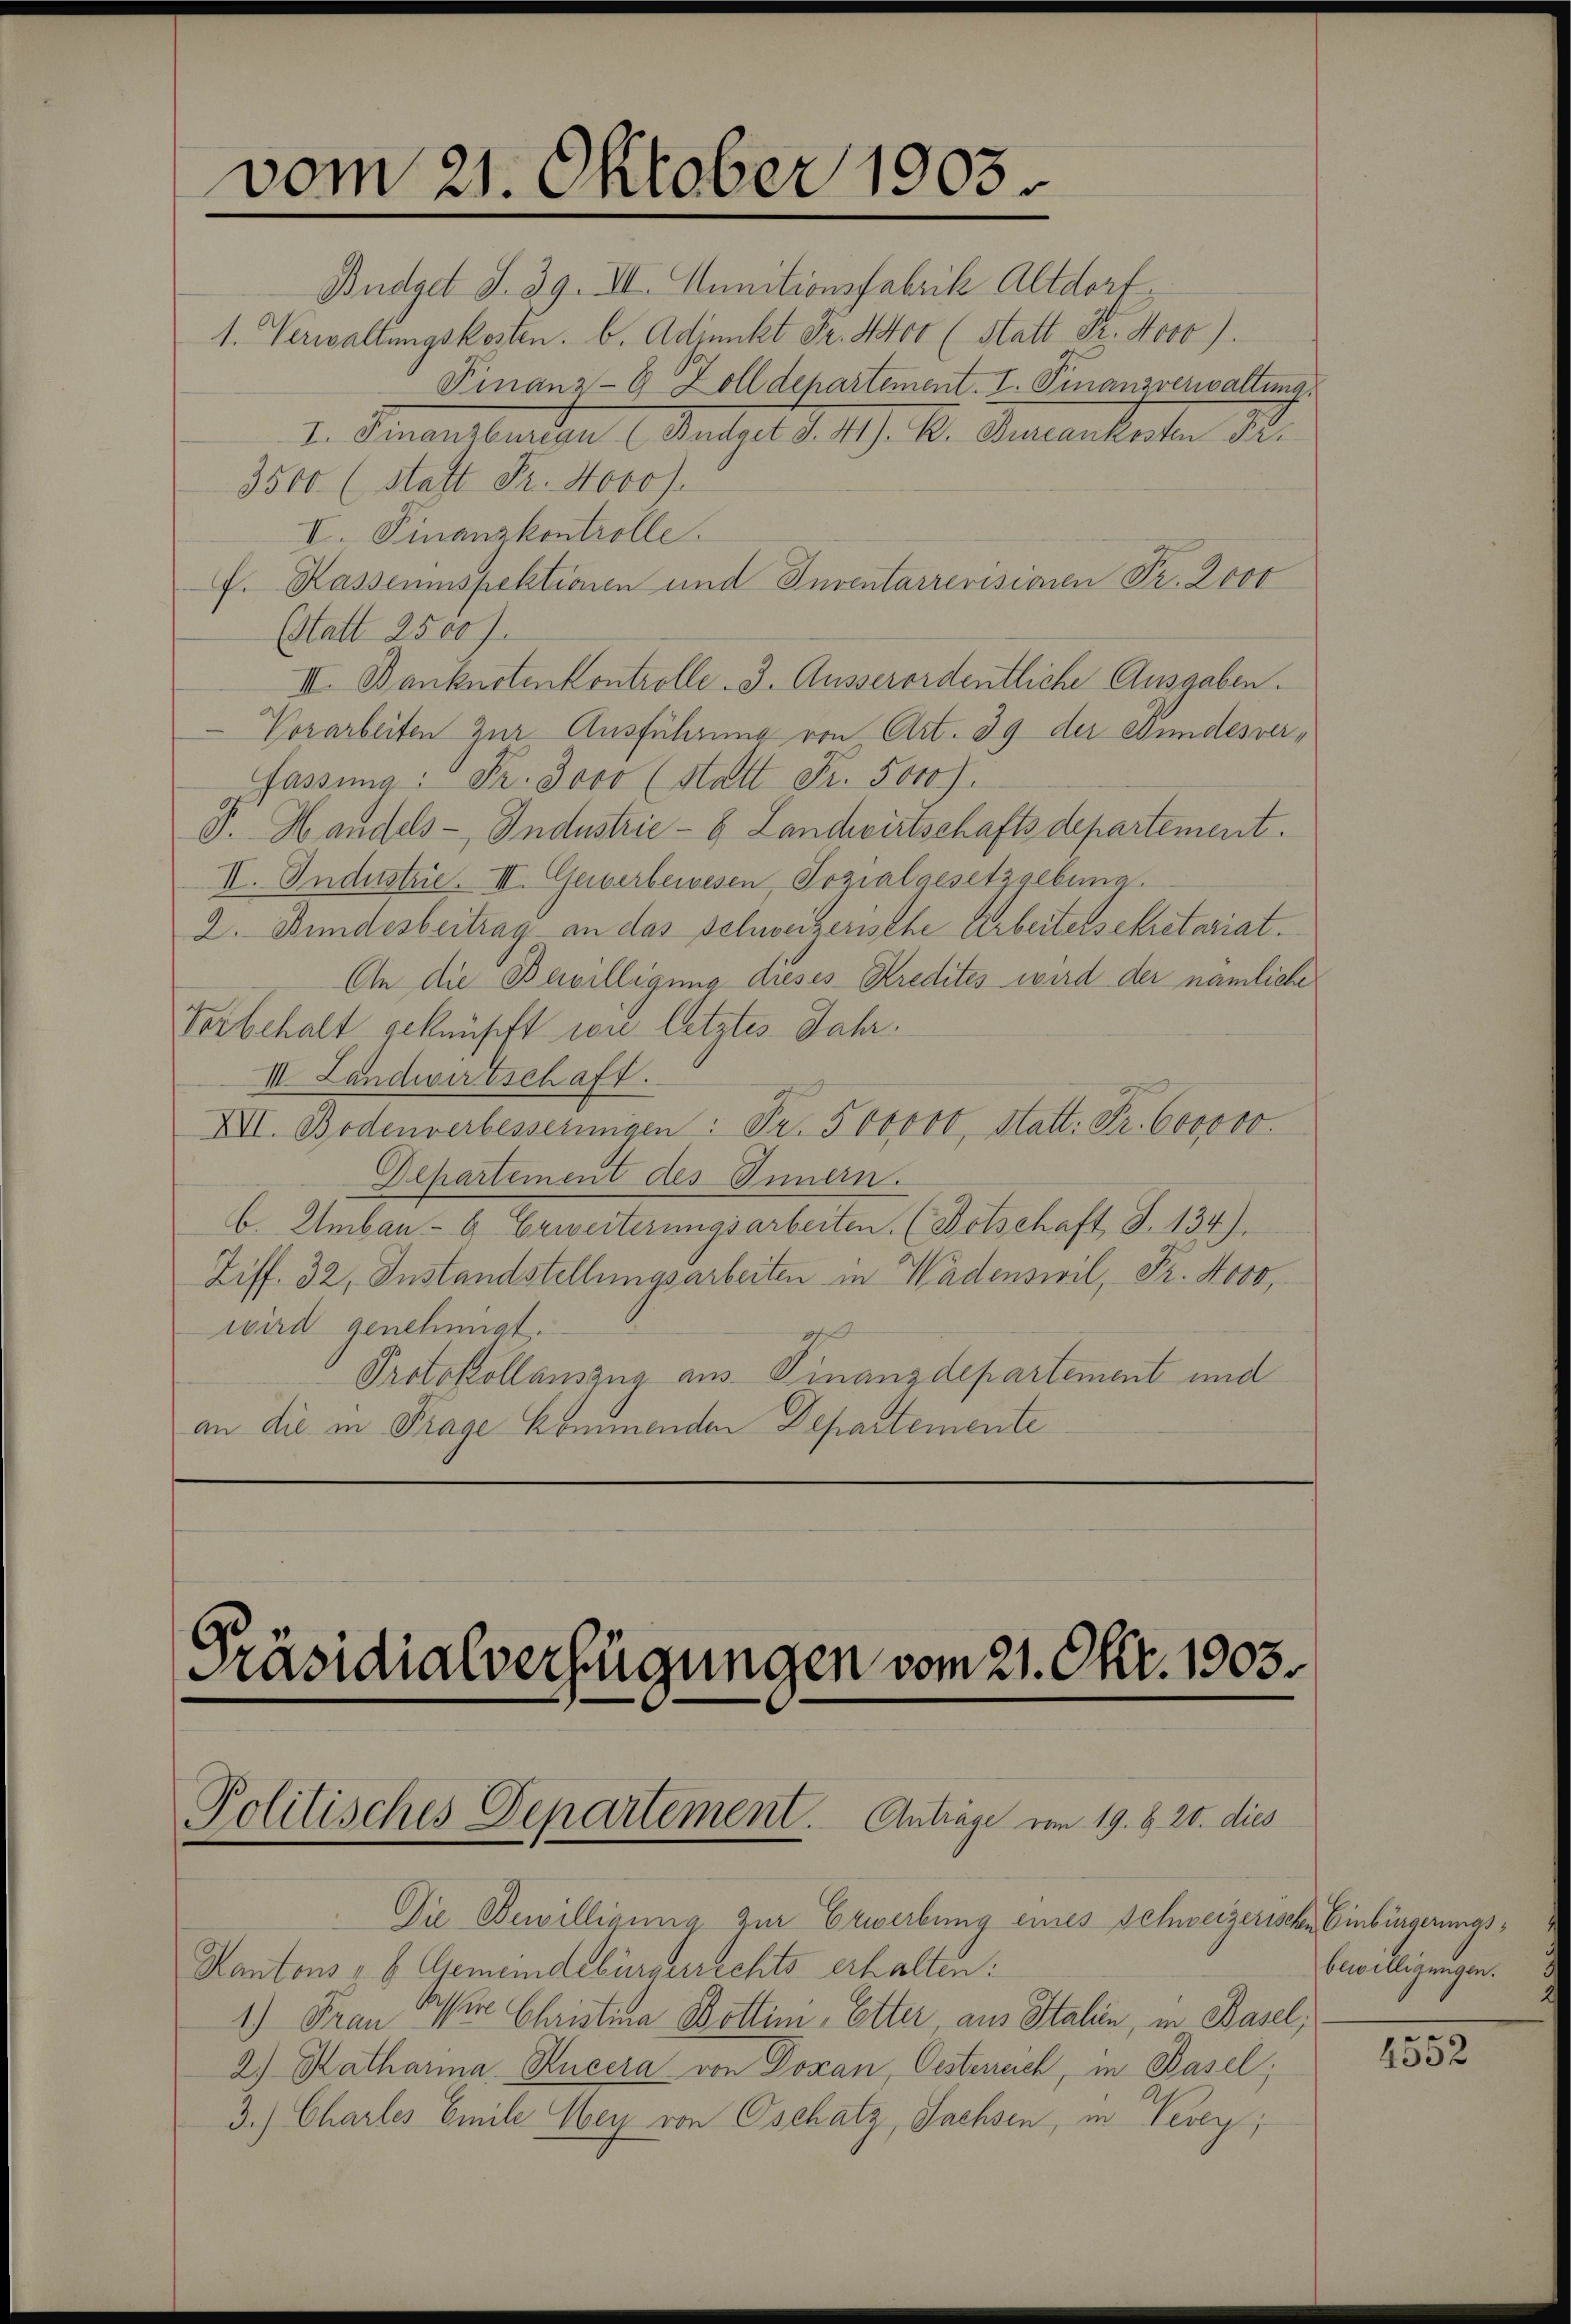
vom 21. Oktober 1903.

Budget S. 39. III. Munitionsfabrik Altdorf
1. Verwaltungskosten. b. Adjunkt Fr. 4400 (Statt Fr. Novb).
Finanz-9 Zolldepartement. I. Finanzverwaltung.
1. Genanstanden 1. Antheil d. 19. 10. Jemantierten S.
3500 (Statt Fr. 4000 f.
I. Finanzkontrolle.
f. Kassenspektionen und Inventarrevisionen Fr. 2000
(Statt 2500 f.
III. Banknotenkontrolle. 3. Ausserordentliche Ausgaben.
Vorarbeiten zur Ausführung von Art. 39 der Stundesver¬
Fassung: Fr. 3000 (Statt Fr. 5000 f.
F. Handels- Industrie - 6 Landwirtschaftsdepartement.
II. Industrie. III. Geiberbewesen Sozialgesetzgebung.
2. Bundesbeitrag an das schweizerische Arbeitersekretariat.
An die Bewilligung dieses Kredites wird der nämliche
Vorbehalt geknüpft wie letztes Jahr.
III. Landwirtschaft.
XVI. Bodenverbesseringen: Fr. 500000 statt. Fr. 600000.
Departement des Innern.
b. Umbau- & Erweiterungsarbeiten. (Botschaft, S. 134).
Ziff. 32, Instandstellungsarbeiten in Wadenswil, Fr. 4000,
wird genehmigt.
Protokollauszug aus Finanzdepartement und
an die in Frage kommender Departemente

Präsidialverfügungen vom 21. Okt. 1903.
Politisches Departement. Anträge vom 19. 8. 20. dies

Die Bewilligung zur Erwerbung eines Schweizerische Einbürgerungs¬
Kantons - 6. Gemeindebürgerrechts erhalten:
1.) Frau Oser Christina Bottini, Etter, aus Italin, in Basel,
2) Katharina Rucera von Doxan, Oesterrich, in Basel;
3.) Charles Emile Sey von Oschatz, Sachsen, in Vevey;

bewilligungen.

4552